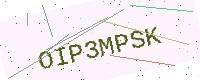
Text: OIP3MPSK